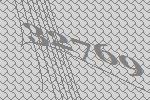
32769